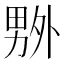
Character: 𠨃